Leaving Certificate Examination (including Day School Certificate (Higher) General paper), 1927
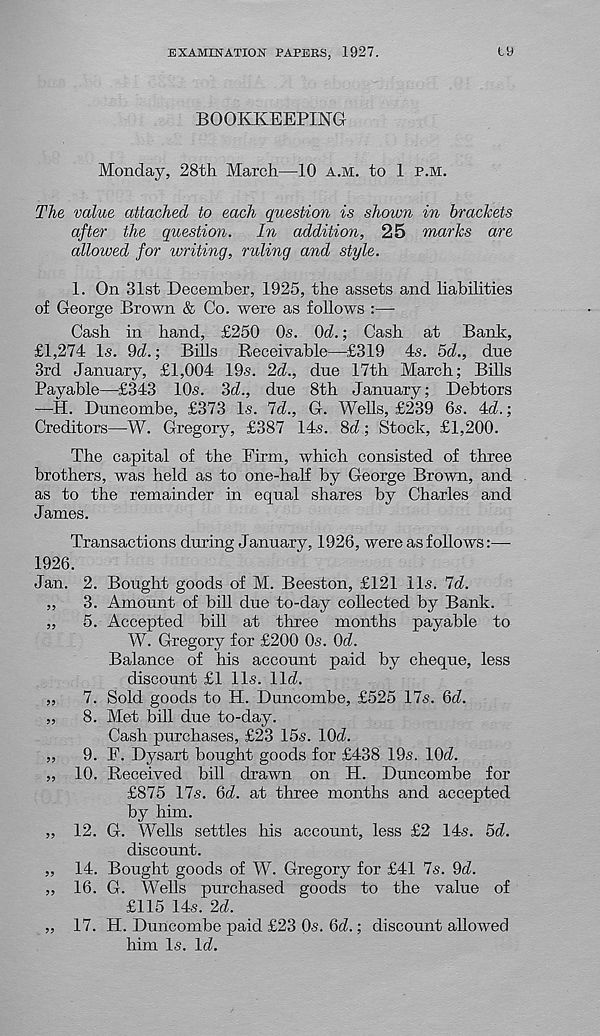
EXAMINATION PAPERS, 1927.
t9
BOOKKEEPING
Monday, 28th March—10 a.m. to 1 p.m.
The value attached to each question is shown in brackets
after the question.
In addition, 25 marks are
allowed for ivriting, ruling and style.
1. On 31st December, 1925, the assets and liabilities
of George Brown & Co. were as follows :—
Cash in hand, £250 Os. Od.; Cash at Bank,
£1,274 Is. 9d.; Bills Receivable—£319 4s. od., due
3rd January, £1,004 19s. 2d., due 17th March; Bills
Payable—£343 10s. 3d., due 8th January; Debtors
—H. Duncombe, £373 Is. 7d., G. Wells, £239 6s. 4d.;
Creditors—W. Gregory, £387 14s. 8d; Stock, £1,200.
The capital of the Firm, which consisted of three
brothers, was held as to one-half by George Brown, and
as to the remainder in equal shares by Charles and
James.
Transactions during January, 1926, were as follows:—
1926.
Jan. 2. Bought goods of M. Beeston, £121 11s. 7d.
„
3. Amount of bill due to-day collected by Bank.
„
5. Accepted bill at three months payable to
W. Gregory for £200 0s. Od.
Balance of his account paid by cheque, less
discount £1 11s. lid.
„
7. Sold goods to H. Duncombe, £525 17s. 6d.
„
8. Met bill due to-day.
Cash purchases, £23 15s. lOd.
,,
9. F. Dysart bought goods for £438 19s. lOd.
,, 10. Received bill drawn on H. Duncombe for
£875 17s. 6d. at three months and accepted
by him.
„ 12. G. Wells settles his account, less £2 14s. 5d.
discount.
„ 14. Bought goods of W. Gregory for £41 7s. 9d.
,, 16. G. Wells purchased goods to the value of
£115 14s. 2d.
,, 17. H. Duncombe paid £23 0s. 6d.; discount alhrwed
him Is. Id.